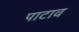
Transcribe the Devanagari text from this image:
पाटाव